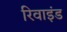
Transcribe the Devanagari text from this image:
रिवाइंड